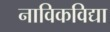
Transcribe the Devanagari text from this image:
नाविकविद्या